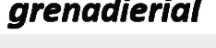
grenadierial